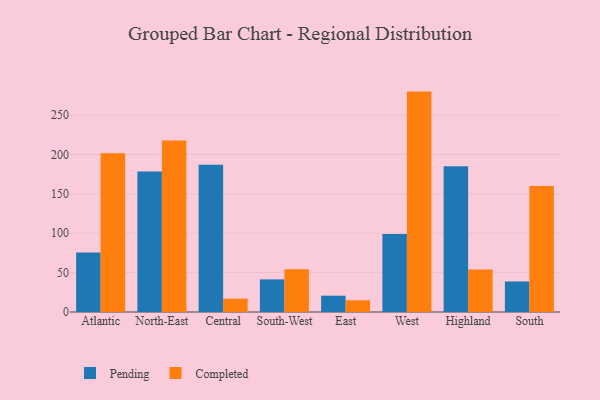
{"axis": {"x": "Region", "y": "Tickets Resolved"}, "legend": ["Completed", "Pending"], "data": [{"x": "Atlantic", "y": 75.6, "type": "Pending"}, {"x": "Atlantic", "y": 201.7, "type": "Completed"}, {"x": "North-East", "y": 178.4, "type": "Pending"}, {"x": "North-East", "y": 217.9, "type": "Completed"}, {"x": "Central", "y": 186.9, "type": "Pending"}, {"x": "Central", "y": 16.9, "type": "Completed"}, {"x": "South-West", "y": 41.4, "type": "Pending"}, {"x": "South-West", "y": 54.2, "type": "Completed"}, {"x": "East", "y": 20.7, "type": "Pending"}, {"x": "East", "y": 14.9, "type": "Completed"}, {"x": "West", "y": 99.1, "type": "Pending"}, {"x": "West", "y": 279.9, "type": "Completed"}, {"x": "Highland", "y": 185.1, "type": "Pending"}, {"x": "Highland", "y": 54.1, "type": "Completed"}, {"x": "South", "y": 38.8, "type": "Pending"}, {"x": "South", "y": 159.9, "type": "Completed"}]}